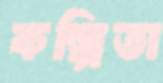
কল্পিতা